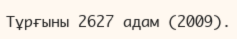
Тұрғыны 2627 адам (2009).